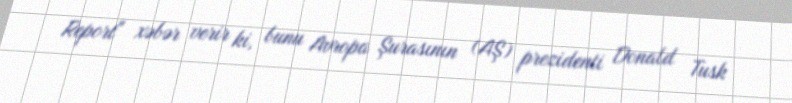
Report" xəbər verir ki, bunu Avropa Şurasının (AŞ) prezidenti Donald Tusk